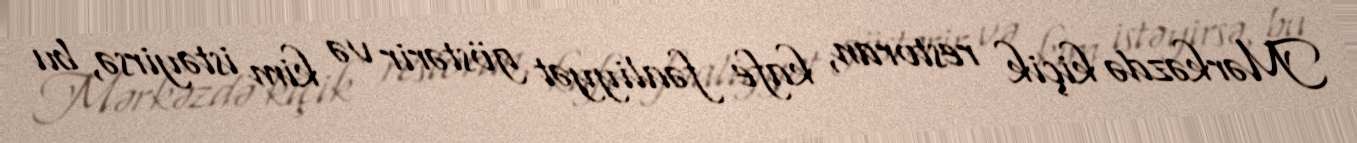
Mərkəzdə kiçik restoran, kafe fəaliyyət göstərir və kim istəyirsə, bu